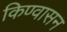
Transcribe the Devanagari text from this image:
किण्वासन